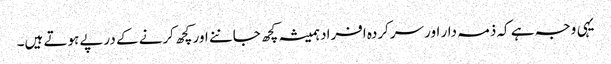
یہی وجہ ہے کہ ذمہ دار اور سرکردہ افراد ہمیشہ کچھ جاننے اور کچھ کرنے کے درپے ہوتے ہیں۔